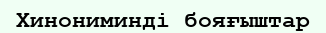
Хинониминді бояғыштар